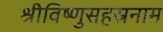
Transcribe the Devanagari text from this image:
श्रीविष्णुसहस्रनाम